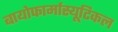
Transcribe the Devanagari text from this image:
बायोफार्मास्यूटिकल